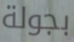
بجولة